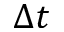
\Delta t